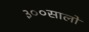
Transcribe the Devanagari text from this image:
३००सालों